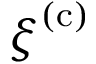
{ \boldsymbol { \xi } } ^ { ( \mathrm { c } ) }